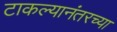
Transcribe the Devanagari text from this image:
टाकल्यानंतरच्या